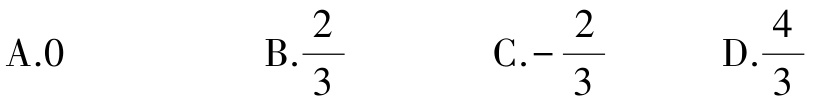
A.0 \quad B.$\frac{2}{3}$ \quad C.$-\frac{2}{3}$ \quad D.$\frac{4}{3}$